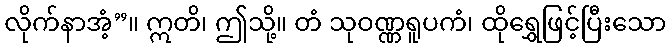
လိုက်နာအံ့”။ ဣတိ၊ ဤသို့။ တံ သုဝဏ္ဏရူပကံ၊ ထိုရွှေဖြင့်ပြီးသော